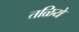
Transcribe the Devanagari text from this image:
तळिये